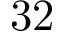
3 2